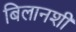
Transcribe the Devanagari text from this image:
बिलानशी